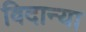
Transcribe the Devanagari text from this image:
विदान्या